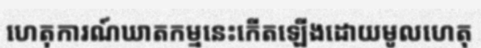
ហេតុការណ៍ឃាតកម្មនេះកើតឡើងដោយមូលហេតុ